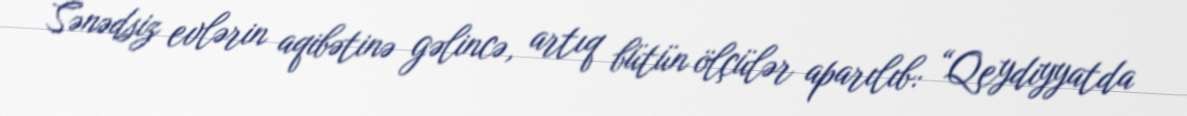
Sənədsiz evlərin aqibətinə gəlincə, artıq bütün ölçülər aparılıb: “Qeydiyyatda